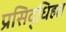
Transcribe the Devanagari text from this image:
प्रसिद्धिहत